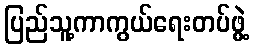
ပြည်သူ့ကာကွယ်ရေးတပ်ဖွဲ့